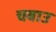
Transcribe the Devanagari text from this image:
चबाउ